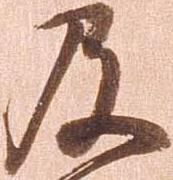
及